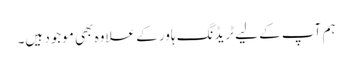
ہم آپ کے لیے ٹریڈنگ ہاور کے علاوہ بھی موجود ہیں۔